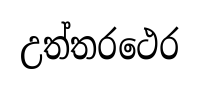
උත්තරථෙර